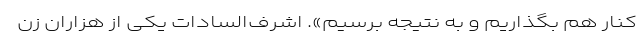
کنار هم بگذاریم و به نتیجه برسیم». اشرف‌السادات یکی از هزاران زن